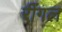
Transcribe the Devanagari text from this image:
रींगल